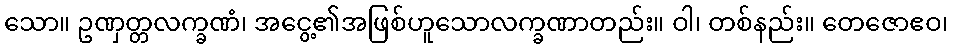
သော။ ဥဏှတ္တလက္ခဏံ၊ အငွေ့၏အဖြစ်ဟူသောလက္ခဏာတည်း။ ဝါ၊ တစ်နည်း။ တေဇောဧဝ၊